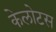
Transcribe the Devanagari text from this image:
केलोटस